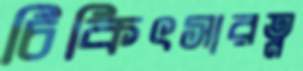
চিকিৎসারত্ন